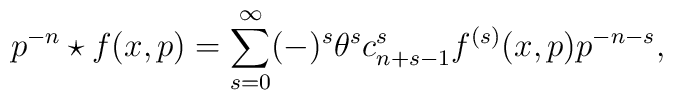
p^{-n} \star f(x,p) = \sum _{s=0}^{\infty} (-)^{s} \theta ^{s} c_{n+s-1}^{s} f^{(s)}(x,p) p^{-n-s},